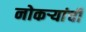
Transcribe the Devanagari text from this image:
नोकऱ्यांची